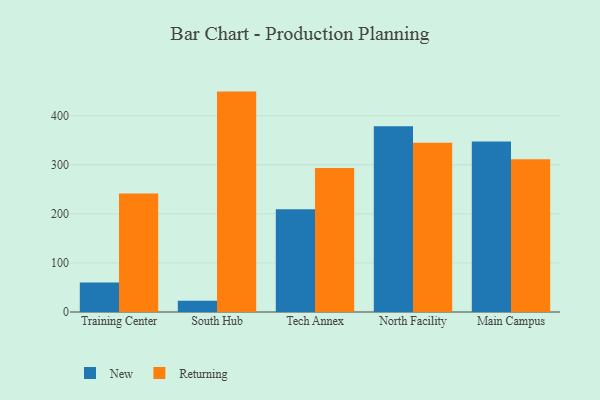
{"axis": {"x": "Campus", "y": "Population (Million)"}, "legend": ["New", "Returning"], "data": [{"x": "Training Center", "y": 60.2, "type": "New"}, {"x": "Training Center", "y": 241.6, "type": "Returning"}, {"x": "South Hub", "y": 22.7, "type": "New"}, {"x": "South Hub", "y": 449.2, "type": "Returning"}, {"x": "Tech Annex", "y": 209.6, "type": "New"}, {"x": "Tech Annex", "y": 293.7, "type": "Returning"}, {"x": "North Facility", "y": 378.5, "type": "New"}, {"x": "North Facility", "y": 344.8, "type": "Returning"}, {"x": "Main Campus", "y": 347.6, "type": "New"}, {"x": "Main Campus", "y": 311.1, "type": "Returning"}]}